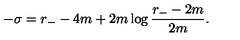
- \sigma = r _ { - } - 4 m + 2 m \log \frac { r _ { - } - 2 m } { 2 m } .